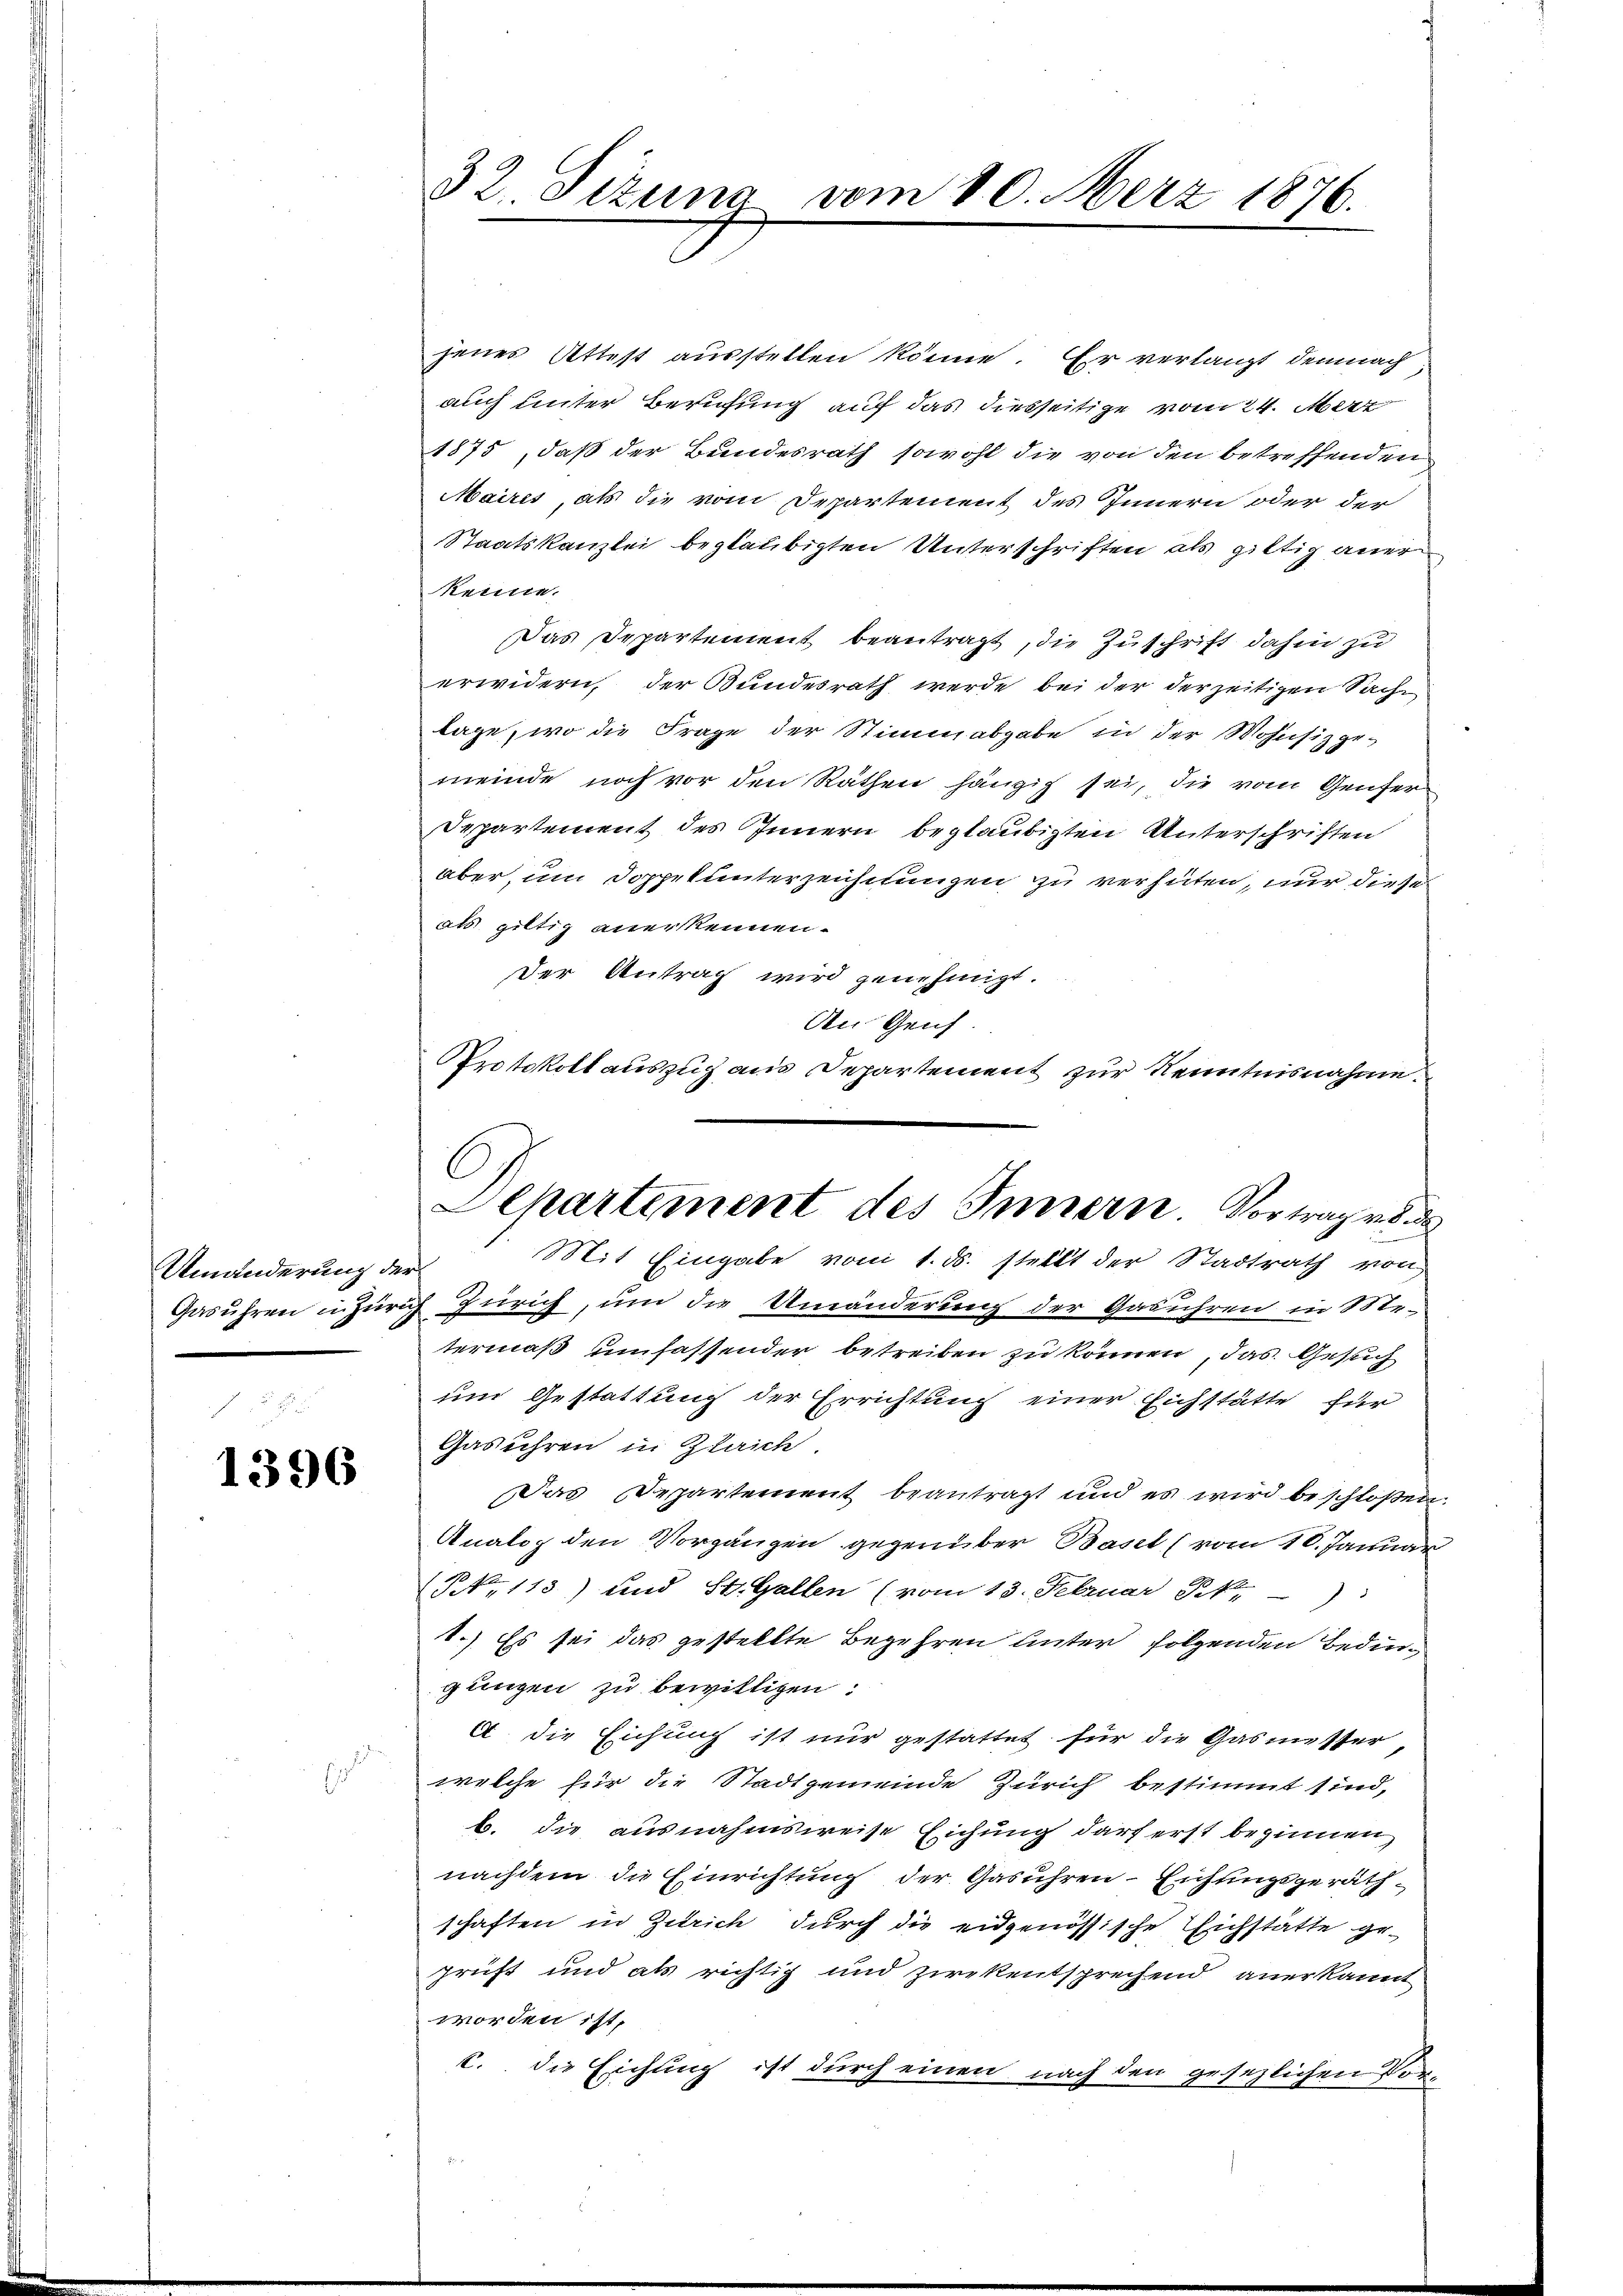
Umänderung der

1396

32. Sitzung vom 10. Merz 1876.

jenes Attest ausstellen könne. Er verlangt demnach
auch unter Berufung auf das diesseitige vom 24. März
1875, daß der Bundesrath sowohl die von den betreffenden
Mairis, als die vom Departement des Innern oder der
Staatskanzlei beglaubigten Unterschriften als giltig aner
keine.
Das Departement beantragt, die Zuschrift dahin zu
erwidern, der Bundesrath werde bei der derzeitigen Sache
lage, wo die Frage der Stimmabgabe in der Wohnsizge-
meinde noch vor den Räthen hängig sei, die vom Genfer
Departement des Innern beglaubigten Unterschriften
aber, um Doppekunterzeichtungen zu verhüten, nur diese
als giltig anerkennen.
Der Antrag wird genehmigt.
Den Geich
Gasühren in Zürich Zürich, um die Umänderung der Gasühren in Me-
termaß umfassender betreiben zu können, das Gesuch
um Gestattung der Errichtung einer Eichstätte für
Gasühren in Gleich
Das Departement beantragt und es wird beschloßen.
Analog den Vorgängen gegenüber Basel (vom 10. Januar
NNo. 113) und St. Gallen (vom 13. Februar Pkt.
1.) Es sei das gestellte Begehren unter folgenden Bedingungen zu bewilligen.
A. die Eichung ist nur gestattet für die Gasmesser,
welche für die Stadtgemeinde Zürich bestimmt sind,
b. die ausnahmsweise Eichung darf erst beginnen,
nachdem die Einrichtung der Gasühren - Eichungsgeräth
schaften in Zürich durch die eidgenössische Eichstätte ge-
prüft und als richtig und zwekentsprechend anerkannt
worden ist,
c. die Eichung ist durch einen nach den gesezlichen Vor¬

Protokoll auszug aus Departement zur Kenntnisnahme.
C
Departement des Innern. Vortrag von de
Mit Eingabe vom 1. ds. stellt der Stadtrath von